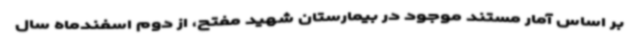
بر اساس آمار مستند موجود در بیمارستان شهید مفتح، از دوم اسفندماه سال